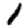
Digit: 1